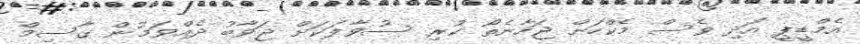
އެމްޑީޕީ އަދި ވެސް މެކްހަށް ޖަހާނެތޯ ކުރި ސުވާލަކަށް ޖަވާބު ދެއްވަމުން ގާސިމް